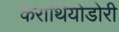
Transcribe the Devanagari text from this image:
कैराथियोडोरी